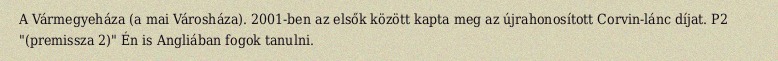
A Vármegyeháza (a mai Városháza). 2001-ben az elsők között kapta meg az újrahonosított Corvin-lánc díjat. P2 "(premissza 2)" Én is Angliában fogok tanulni.